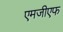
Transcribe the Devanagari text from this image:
एमजीएफ